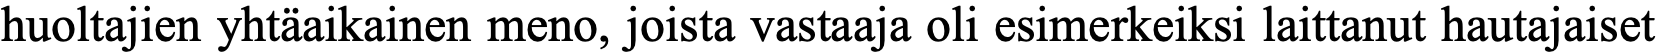
huoltajien yhtäaikainen meno, joista vastaaja oli esimerkeiksi laittanut hautajaiset